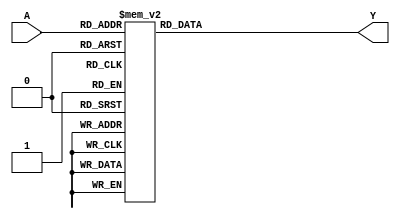
module decode3_8 (A,Y);
input [ 2:0]A;
output reg [ 7:0]Y;
always@(A)
begin
		case (A)
		0 :Y=8'b1111_1110;
		1 :Y=8'b1111_1101;
		2 :Y=8'b1111_1011;
		3 :Y=8'b1111_0111;
		4 :Y=8'b1110_1111;
		5 :Y=8'b1101_1111;
		6 :Y=8'b1011_1111;
		7 :Y=8'b0111_1111;
		default : Y=8'b1111_1111;
		endcase
end
endmodule